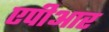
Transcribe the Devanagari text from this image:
एपीआर